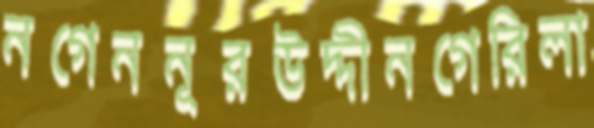
নগেননূরউদ্দীনগেরিলা